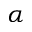
\alpha